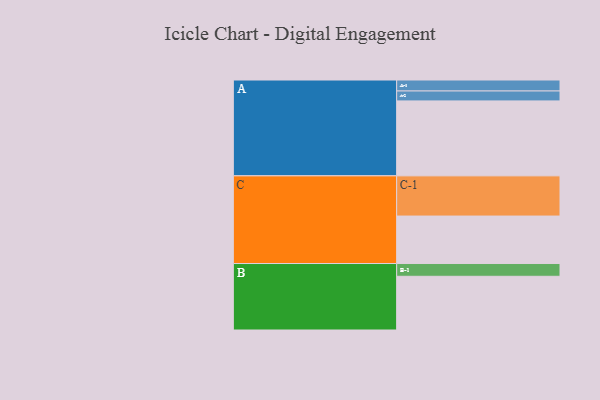
{"axis": {"x": "Segment", "y": "Value"}, "legend": ["", "A", "B", "C"], "data": [{"x": "A", "y": 505, "type": ""}, {"x": "B", "y": 362, "type": ""}, {"x": "C", "y": 320, "type": ""}, {"x": "A-1", "y": 74, "type": "A"}, {"x": "A-2", "y": 67, "type": "A"}, {"x": "B-1", "y": 86, "type": "B"}, {"x": "C-1", "y": 271, "type": "C"}]}